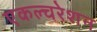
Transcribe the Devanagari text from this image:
एकल्चरेशन